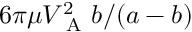
6 \pi \mu V _ { \mathrm { ~ A ~ } } ^ { 2 } b / ( a - b )